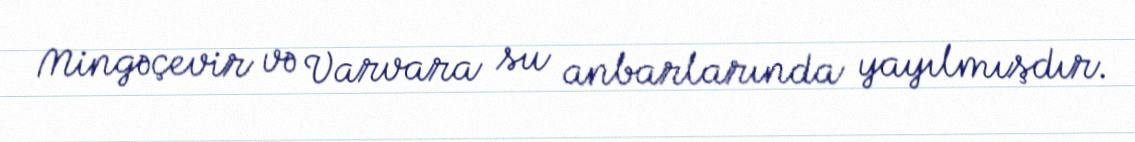
Mingəçevir və Varvara su anbarlarında yayılmışdır.